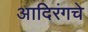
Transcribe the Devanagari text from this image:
आदिरंगचे